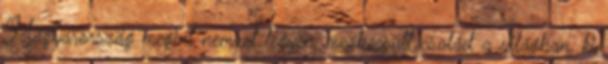
Magyarország megint nemzet legyen, megbecsült család a világban, ki